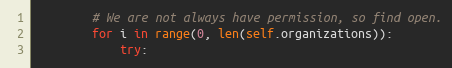
Language: Python
        # We are not always have permission, so find open.
        for i in range(0, len(self.organizations)):
            try: